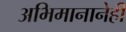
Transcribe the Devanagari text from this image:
अभिमानानेही